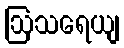
ဩသရေယျ